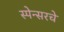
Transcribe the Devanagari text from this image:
स्पेन्सरचे